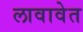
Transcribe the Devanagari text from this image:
लावावेत